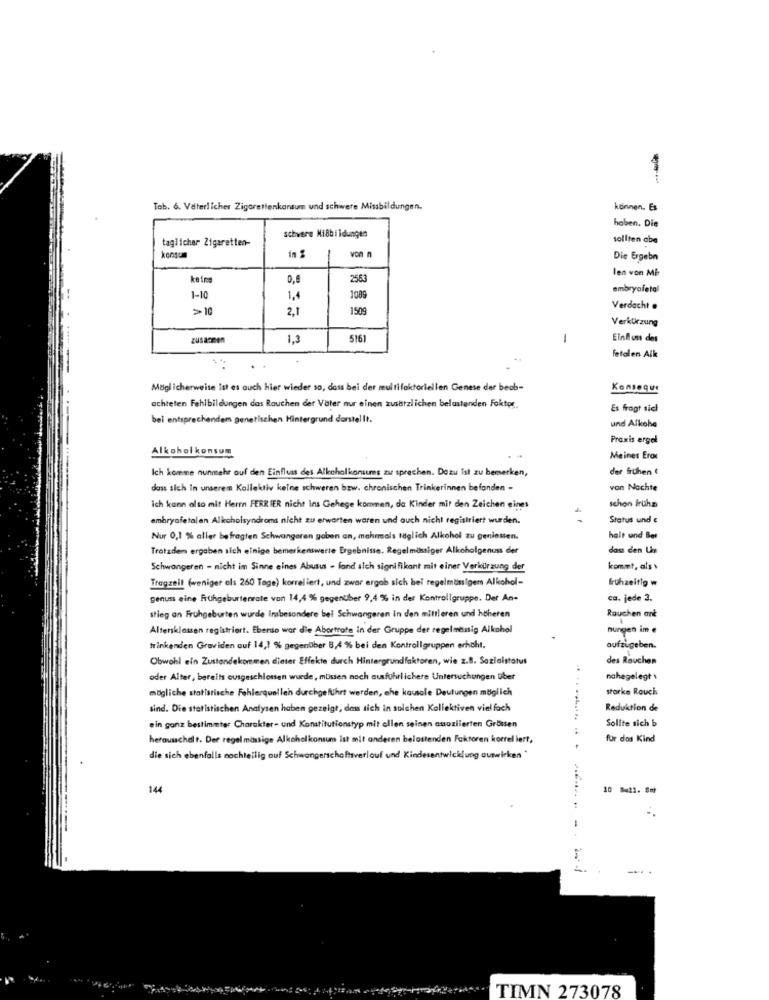
Tab. 6. Vaterlicher Zigarettenkonsum und schwere Missbildungen.
können. Es
haben. Die
taglicher Zigaretten-
schwere Mi8bildungen
sollten abe
in 1
von n
Die Ergebn
len von Mb
keine
0,8
2563
embryofetal
1-10
1,4
> 10
2.1
1509
Verdacht .
Verkürzung
ZUSAGEEN
1,3
5161
-
Einfluss des
fetalen Alk
Möglicherweise Ist es auch hier wieder so, dass bei der multifaktoriellen Genese der beab-
Konseque
achteten Fehlbildungen das Rauchen der Vater nur einen zusätzlichen belastenden Faktor
Es fragt sich
bei entsprechendem genetischen Hintergrund darstellt.
und Alkohe
Praxis ergel
Alkoholkonsum
Meines Eros
Ich komme nunmehr auf den Einfluss des Alkoholkonsums zu sprechen. Dazu ist zu bemerken,
der frühen
dass sich in unserem Kollektiv keine schweren bzw. chronischen Trinkerinnen befanden -
von Nachte
ich kann also mit Herrn FERRIER nicht Ins Gehege kommen, da Kinder mit den Zeichen eines
schon Iruha
embryofetalen Alkoholsyndroms nicht zu erwarten waren und auch nicht registriert wurden.
Status und €
Nur 0,1 % aller befragten Schwangeren gaben an, mehrmals täglich Alkohol zu geniesten.
halt und Bet
Trotzdem ergaben sich einige bemerkenswerte Ergebnisse. Regelmässiger Alkoholgenuss der
dass den Un
Schwangeren - nicht im Sinne eines Abusus - fand alch signifikant mit einer Verkürzung der
kommt, als
Tragzeit (weniger als 260 Tage) korreliert, und zwar ergab sich bei regelmässigem Alkohol-
frühzeitig w
genuss eine Frühgeburtenrate von 14,4 % gegenüber 9,4 % in der Kontrollgruppe. Der An-
ca. jede 3.
stieg an Fruhgeburten wurde Insbesondere bei Schwangeren In den mittleren und höheren
Rauchen ant
Altersklassen registriert. Eberso war die Abortrate in der Gruppe der regelmessig Alkohol
nungen im e
trinkenden Graviden auf 14,1 % gegenüber 8,4 % bei den Kontrollgruppen erhöht.
aufzugeben.
Obwohl ein Zustandekommen dieter Effekte durch Hintergrundfaktoren, wie 2.8. Sozialstatus
des Rauchen
oder Alter, bereits ausgeschlossen wurde, müssen noch ausführlichere Untersuchungen über
nahegelegt
mögliche statistische Fehlerquellen durchgeführt werden, che kausale Deutungen möglich
storke Rauch
sind. Die statistischen Analysen haben gezeigt, dass sich in solchen Kollektiven vielfach
Reduktion de
ein ganz bestimmter Charakter- und Konstitutionstyp mit ellen seinen assoziierten Grössen
Sollte sich b
herausschalt. Der regel mässige Alkoholkonsum ist mit anderen belastenden Faktoren korrel iert,
für dos Kind
die sich ebenfalls nochteilig auf Schwangerschafttverlauf und Kindesentwicklung auswirken "
144
TIMN 273078